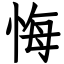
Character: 悔